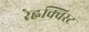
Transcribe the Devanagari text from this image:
रेह्नक्विस्ट